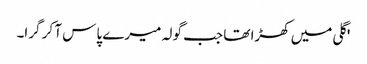
'گلی میں کھڑا تھا جب گولہ میرے پاس آ کر گرا۔